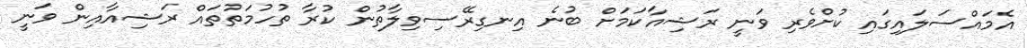
އެމައްސަލައިގައި ކުށްވެރި ވަނީ ރަޝިއާކަމަށް ބުނެ އިނގިރޭސިވިލާތުން ކުރާ ތުހުމަތުތައް ރަޝިއާއިން ވަނީ